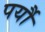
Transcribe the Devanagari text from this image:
पर्यौ